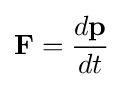
{\textbf {F}}={\frac {d\mathbf {p} }{dt}}